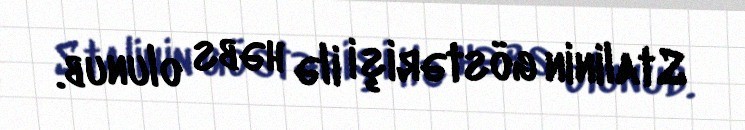
Stalinin göstərişi ilə həbs olunub.